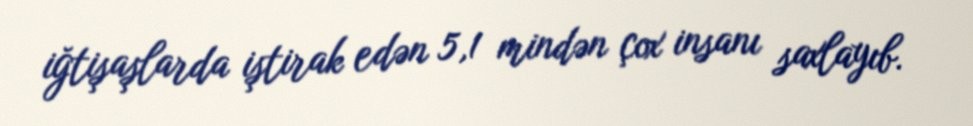
iğtişaşlarda iştirak edən 5,1 mindən çox insanı saxlayıb.